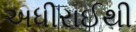
અધીરાઈથી